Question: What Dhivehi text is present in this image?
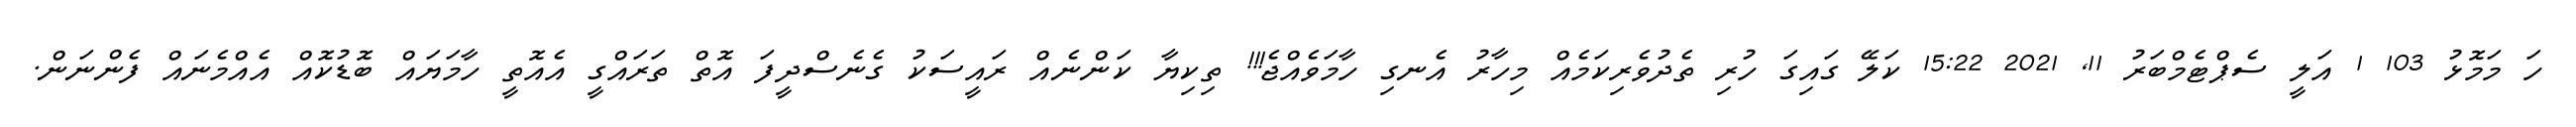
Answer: ހަ މަމޮޅު 103 1 އަލީ ސެޕްޓެމްބަރު 11, 2021 15:22 ކަލޭ ގައިގަ ހުރި ތެދުވެރިކަމެއް މިހާރު އެނގި ހާމަވެއްޖެ!!! ތިކިޔާ ކަންނެއް ރައީސަކު ގެނެސްދީފަ އޮތް ތަރައްގީ އެއޮތީ ހާމަޔައް ބޮޑުކޮއް އެއްމެނައް ފެންނަން.